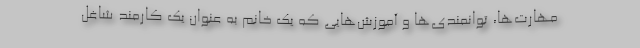
مهارت‌ها، توانمندی‌ها و آموزش‌هایی که یک خانم به عنوان یک کارمند شاغل